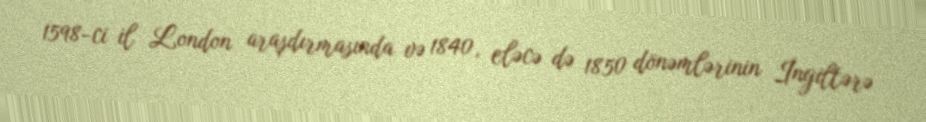
1598-ci il London araşdırmasında və 1840, eləcə də 1850 dönəmlərinin İngiltərə